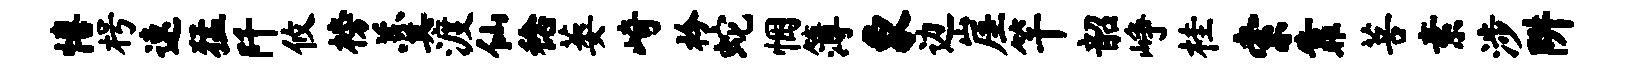
僖枵速猛阡攸榜羹渡仙稔萎崎衿蛇悃簿象边崖竿韶峥桂索靠菩素涉阱